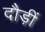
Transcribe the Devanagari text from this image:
दौड़ीं